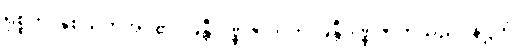
ရုစ္စတိ၊ နှစ်သက်အပ်၏။ ခန္တီဝဏ္ဏဇာတကံ၊ ခန္တီဝဏ္ဏဇာတ်သည်။ နိဋ္ဌိတံ၊